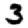
Digit: 3